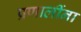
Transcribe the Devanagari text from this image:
प्रणालींना